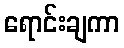
ရောင်းချကာ